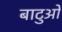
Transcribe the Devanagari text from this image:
बाटुओ